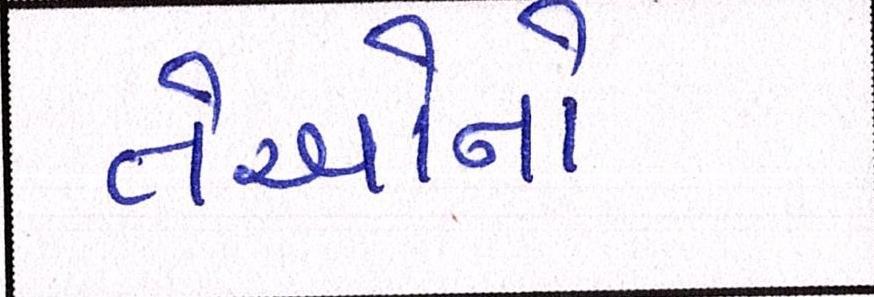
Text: તેઓનો